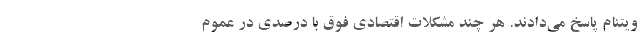
ویتنام پاسخ می­دادند. هر چند مشکلات اقتصادی فوق با درصدی در عموم